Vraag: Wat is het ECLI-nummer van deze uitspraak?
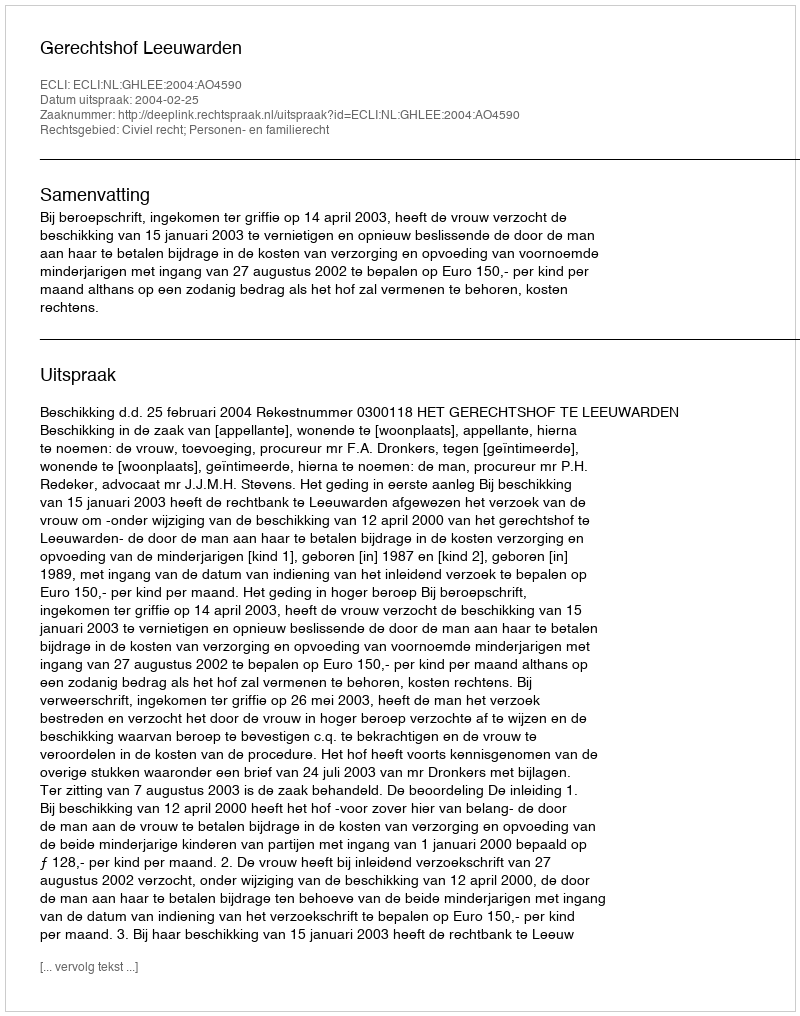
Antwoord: ECLI:NL:GHLEE:2004:AO4590